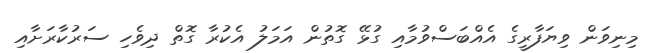
މިނިވަން ވިޔަފާރީގެ އެއްބަސްވުމާއި ގުޅޭ ގޮތުން އަމަލު އެކުރާ ގޮތް ދިވެހި ސަރުކާރަށާއި